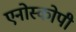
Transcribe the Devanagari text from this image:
एनोस्कोपी